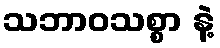
သဘာဝသစ္စာ နဲ့